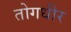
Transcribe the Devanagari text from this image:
तोगधीर